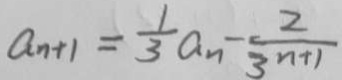
a _ { n + 1 } = \frac { 1 } { 3 } a _ { n } - \frac { 2 } { 3 ^ { n + 1 } }